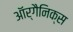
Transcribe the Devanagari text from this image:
ऑर्गैनिक्स